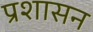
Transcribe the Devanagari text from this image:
प्रशासन